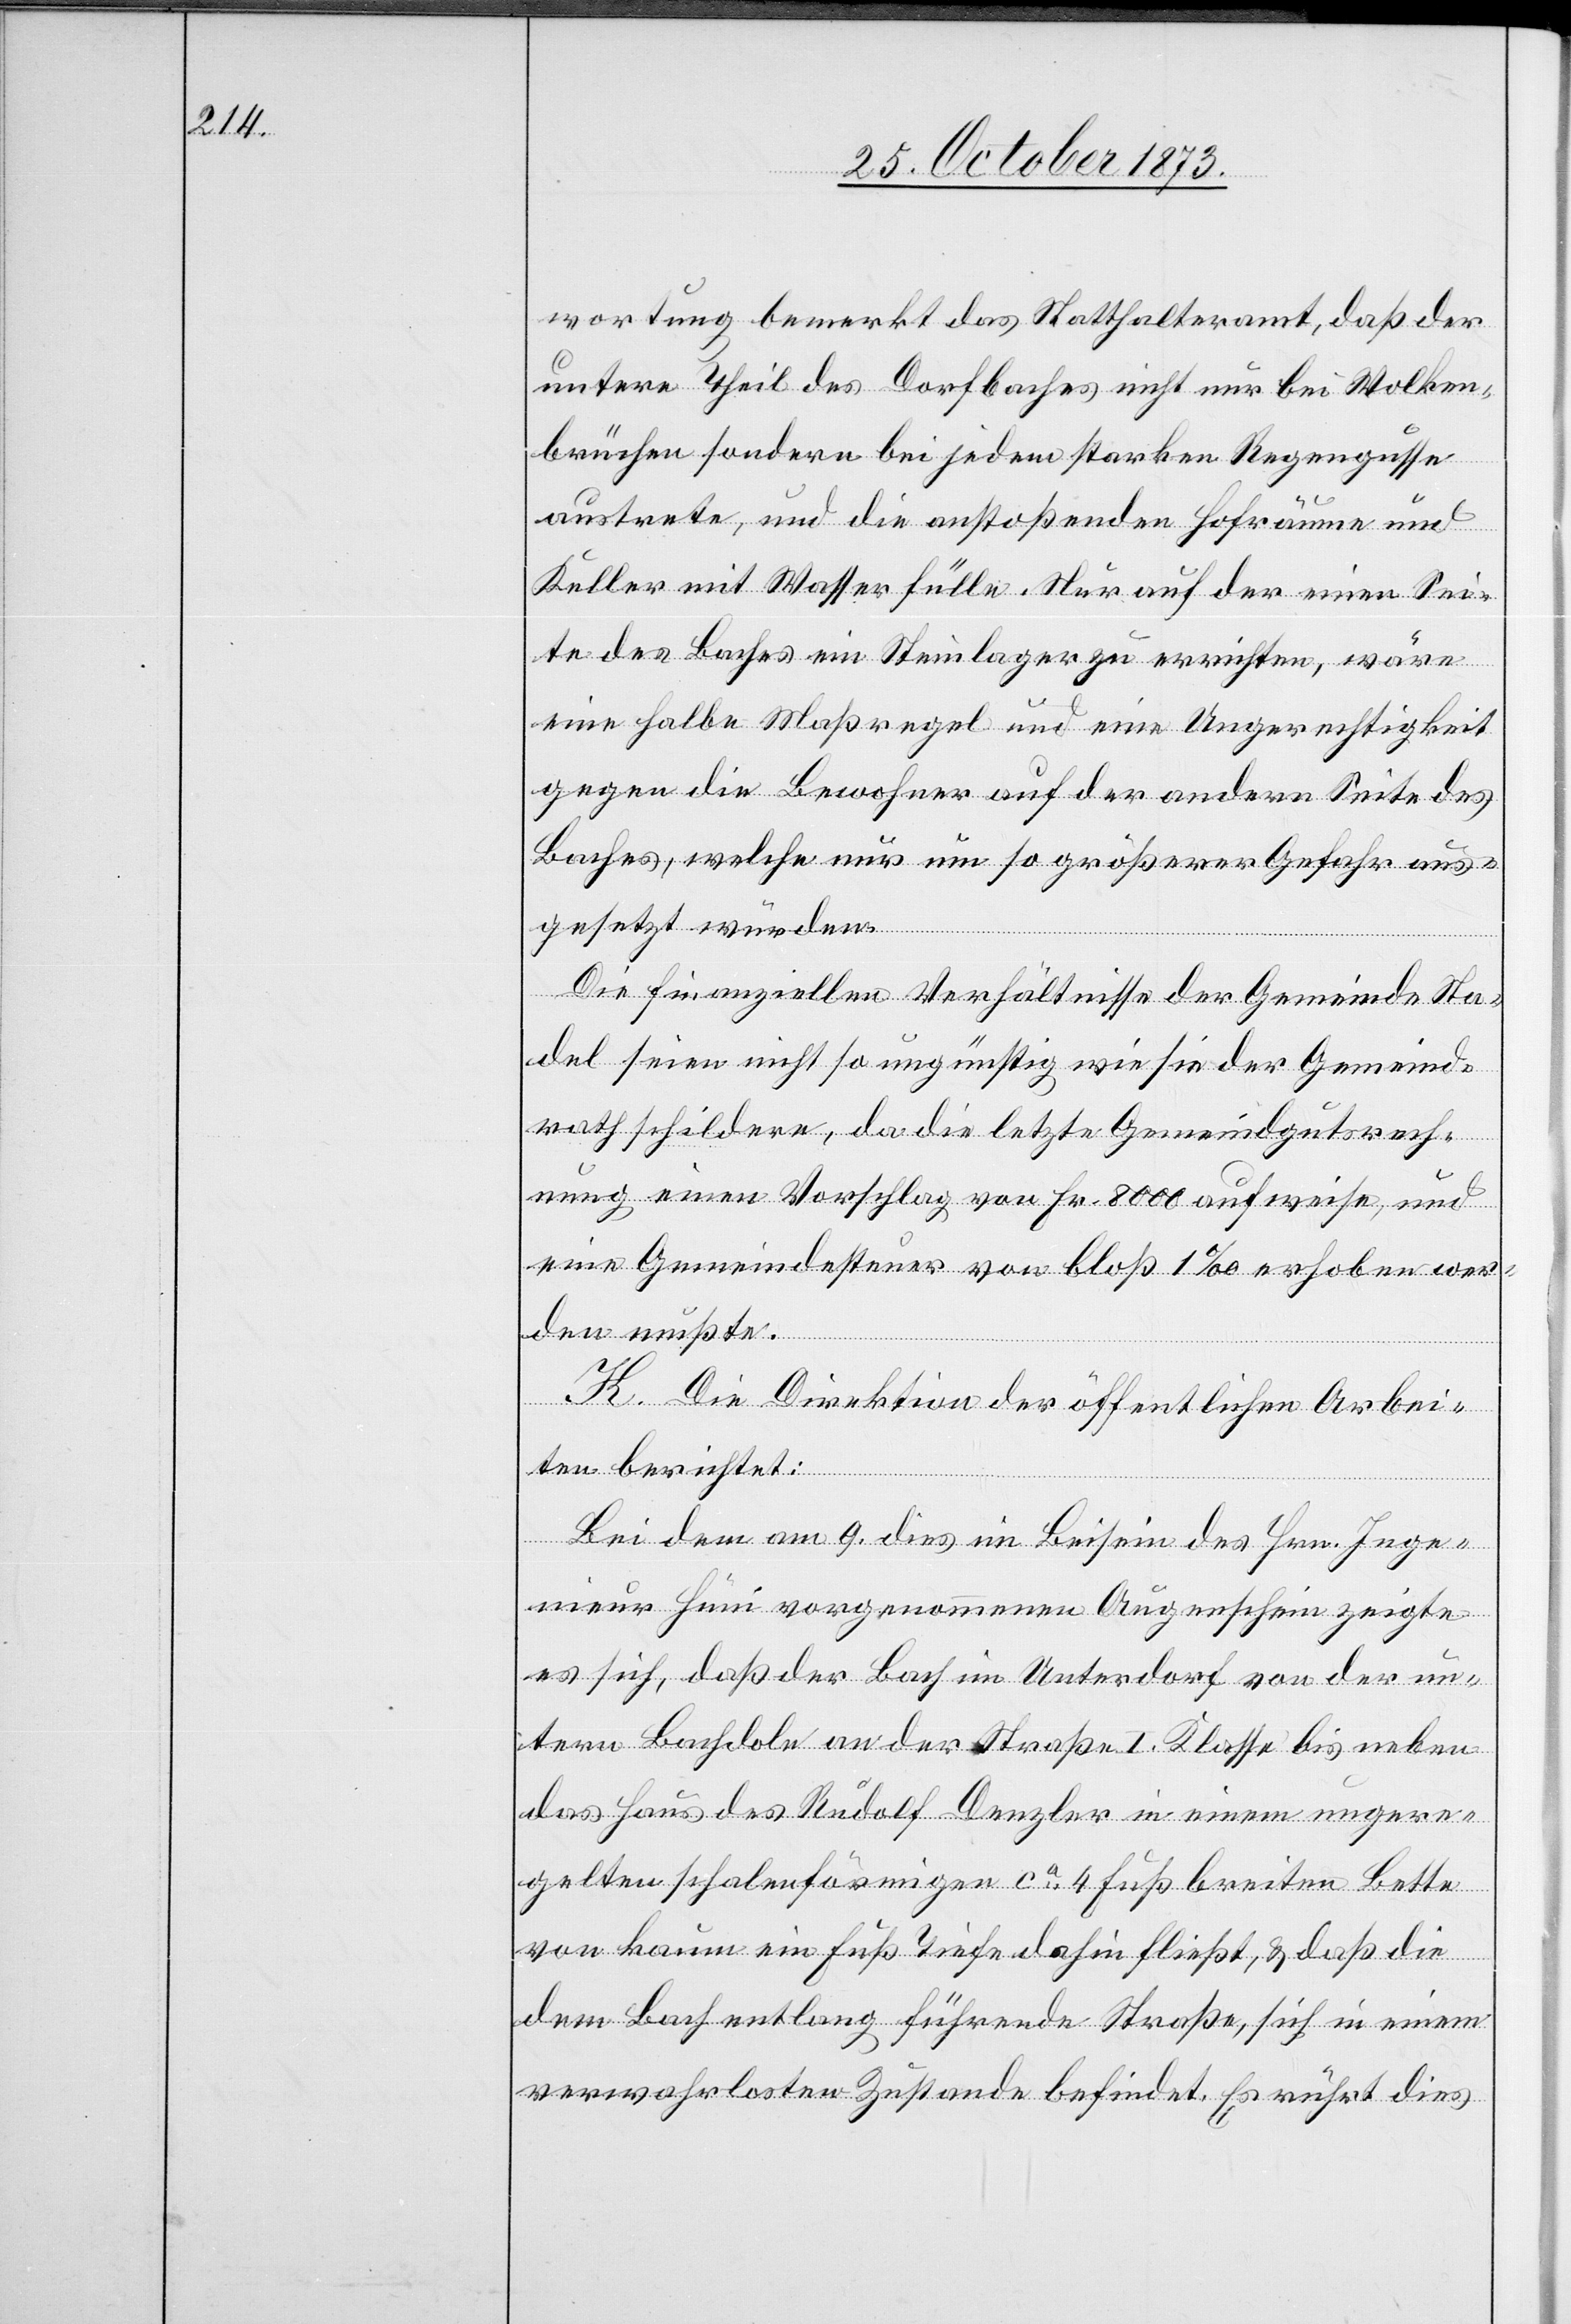
wortung bemerkt das Statthalteramt, daß der
untere Theil des Dorfbaches nicht nur bei Wolken¬
brüchen sondern bei jedem starken Regengusse
austrete, und die anstoßenden Hofräume und
Keller mit Wasser fülle. Nur auf der einen Sei¬
te des Baches ein Steinlager zu errichten, wäre
eine halbe Maßregel und eine Ungerechtigkeit
gegen die Bewohner auf der andern Seite des
Baches, welche nur um so größerer Gefahr aus¬
gesetzt würden.
Die finanziellen Verhältnisse der Gemeinde Sta¬
del seien nicht so ungünstig wie sie der Gemeind¬
rath schildere, da die letzte Gemeindgutsrech¬
nung einen Vorschlag von Fr. 8 000 aufweise, und
eine Gemeindesteuer von bloß 1‰ erhoben wer¬
den mußte.
K. Die Direktion der öffentlichen Arbei¬
ten berichtet:
Bei dem am 9. dies im Beisein des Hrn. Inge¬
nieur Hüni vorgenommenen Augenschein zeigte
es sich, daß der Bach im Unterdorf von der un¬
tern Bachdole an der Straße I. Klasse bis neben
das Haus des Rudolf Denzler in einem ungere¬
gelten schalenförmigen ca 4 Fuß breiten Bette
von kaum ein Fuß Tiefe dahin fließt, & daß die
dem Bach entlang führende Straße, sich in einem
verwahrlosten Zustande befindet. Es rührt dies